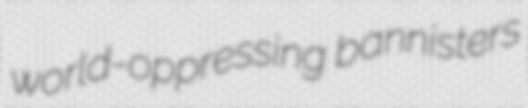
world-oppressing bannisters